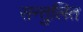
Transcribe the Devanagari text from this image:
सन्‍तुलित